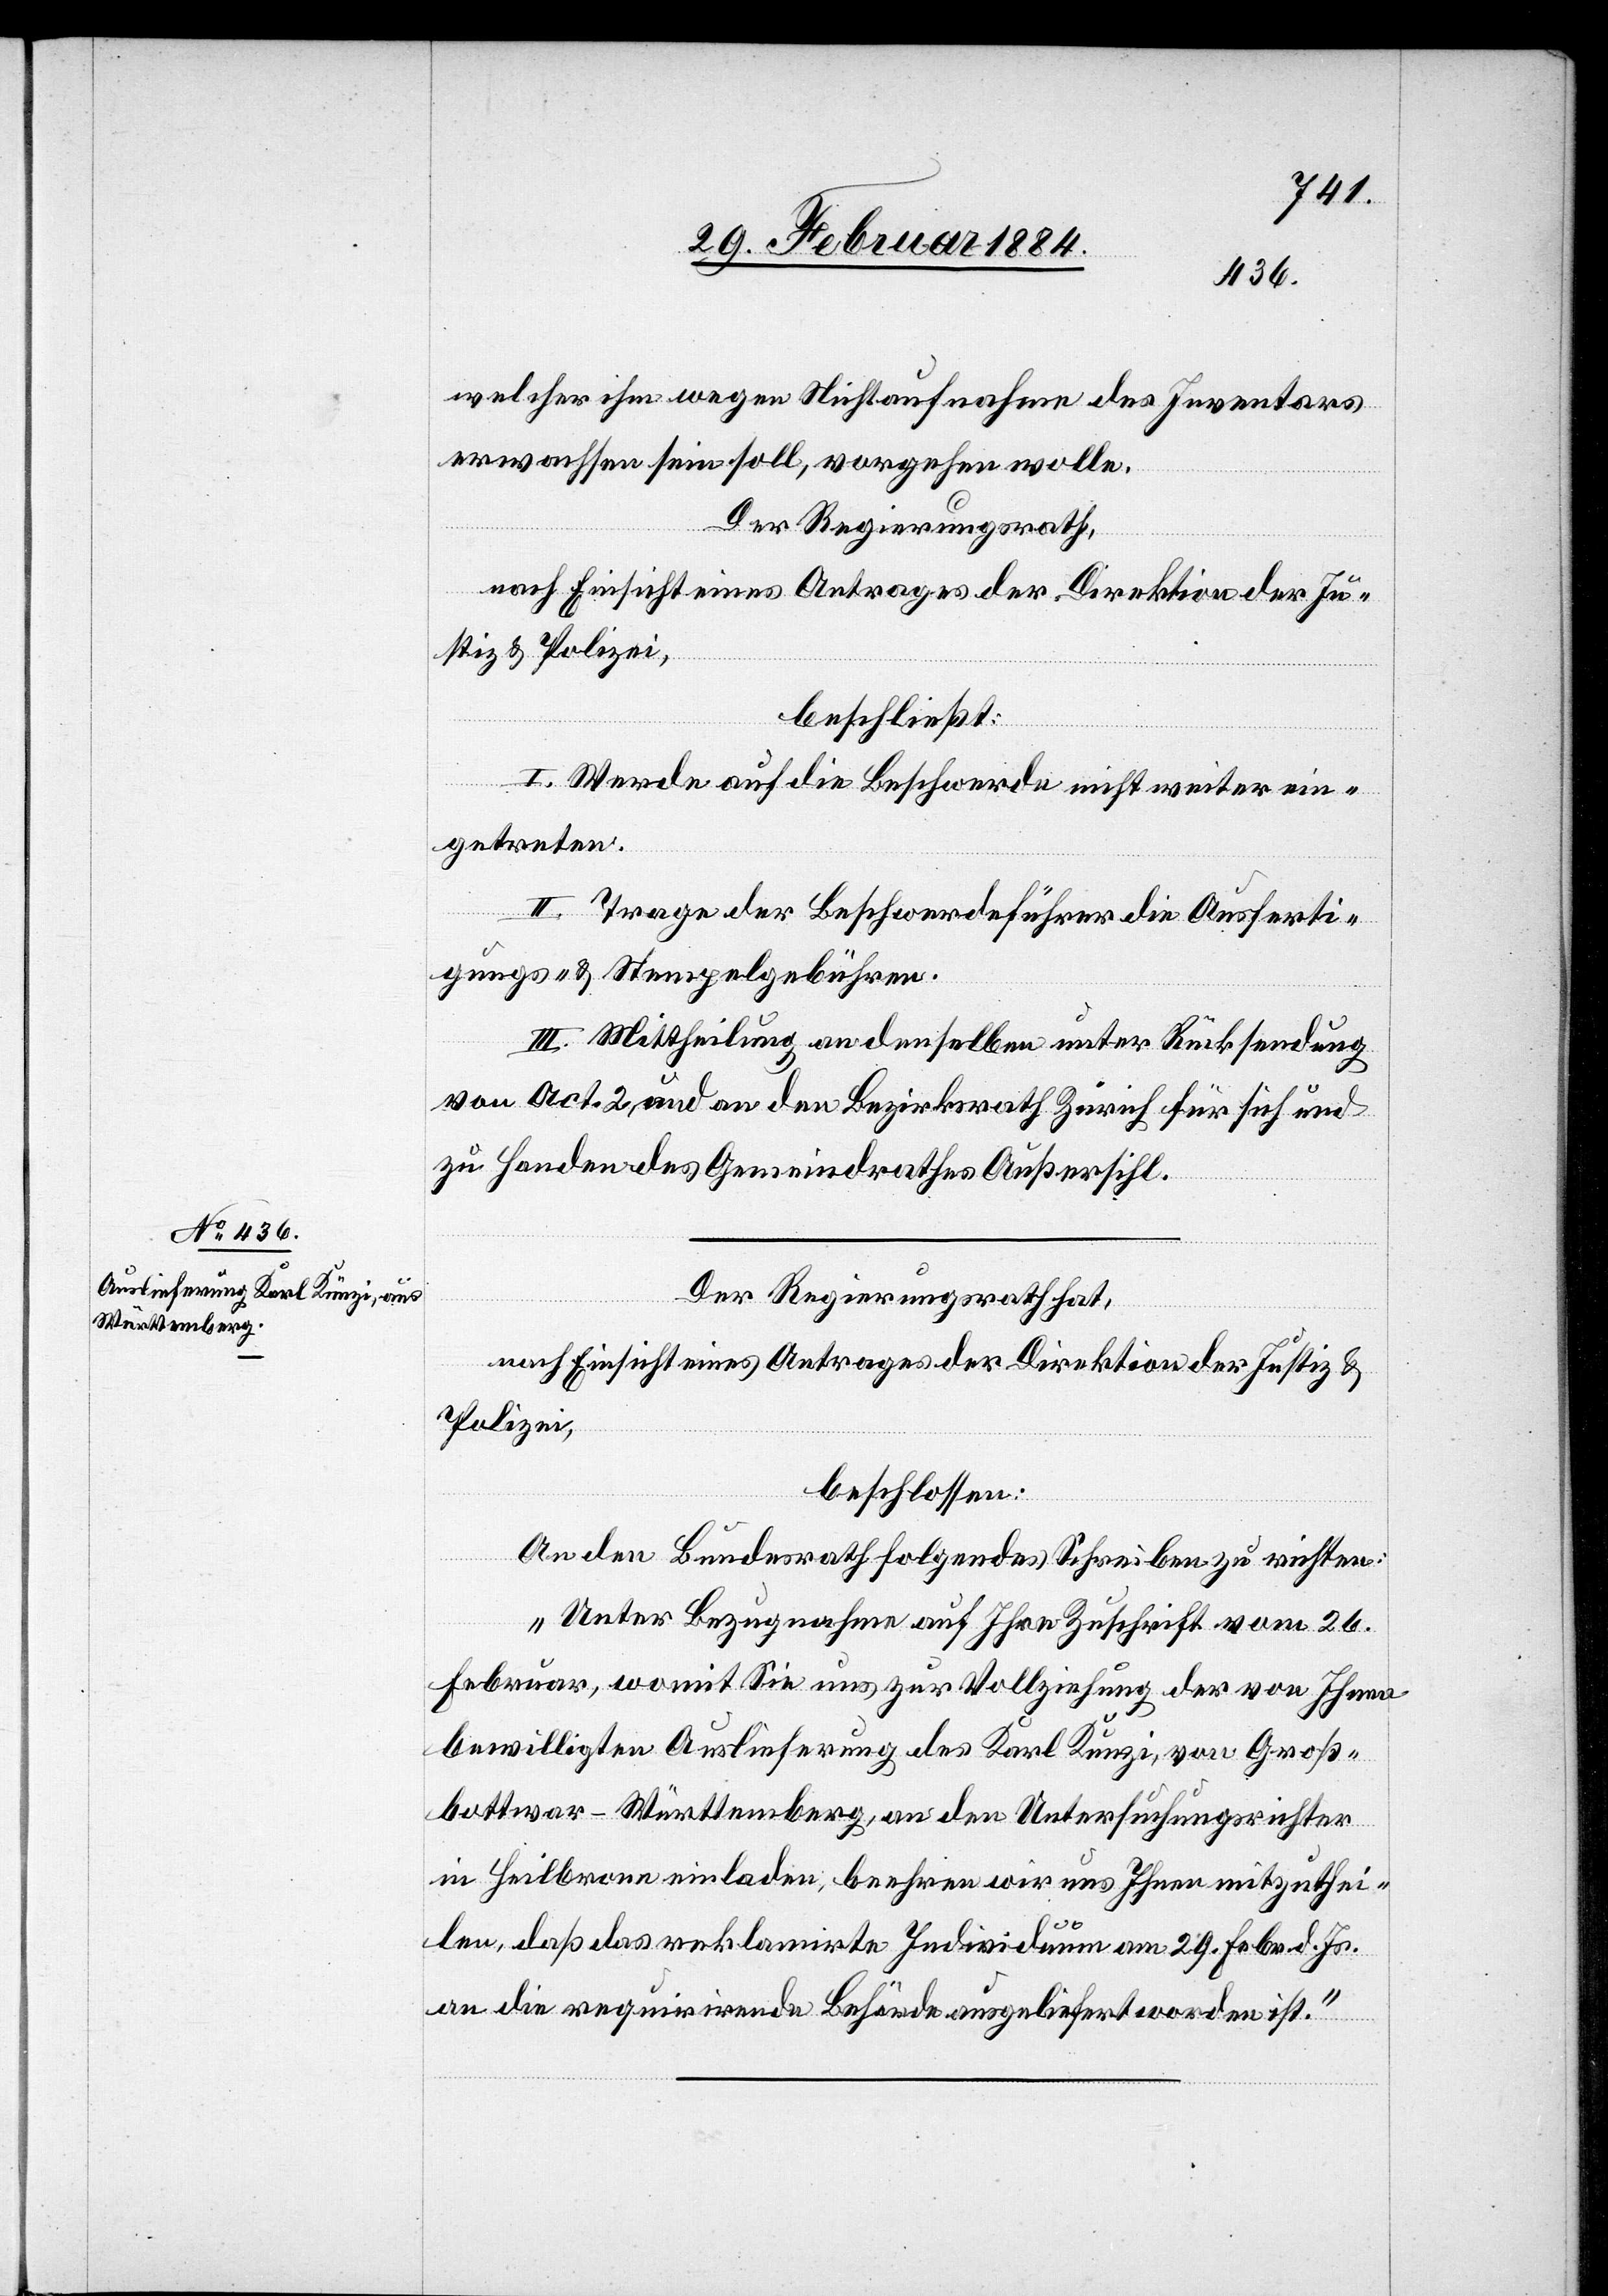
welcher ihm wegen Nichtaufnahme des Inventars
erwachsen sein soll, vorgehen wolle.
Der Regierungsrath,
nach Einsicht eines Antrages der Direktion der Ju¬
stiz & Polizei,
beschließt:
I. Werde auf die Beschwerde nicht weiter ein¬
getreten.
II. Trage der Beschwerdeführer die Ausferti¬
gungs- & Stempelgebühren.
III. Mittheilung an denselben unter Rücksendung
von Act. 2, und an den Bezirksrath Zürich für sich und
zu Handen des Gemeindrathes Außersihl.
Der Regierungsrath hat,
nach Einsicht eines Antrages der Direktion der Justiz &
Polizei,
beschlossen:
An den Bundesrath folgendes Schreiben zu richten:
„Unter Bezugnahme auf Ihre Zuschrift vom 26.
Februar, womit Sie uns zur Vollziehung der von Ihnen
bewilligten Auslieferung des Karl Kunzi, von Groß¬
bottwar - Württemberg, an den Untersuchungsrichter
in Heilbronn einladen, beehren wir uns Ihnen mitzuthei¬
len, daß das reklamirte Individuum am 29. Febr. d. Js.
an die requirirende Behörde ausgeliefert worden ist.“